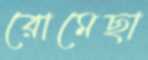
রোমেছা